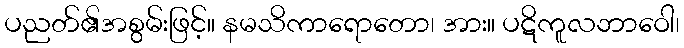
ပညတ်၏အစွမ်းဖြင့်။ နမသိကာရောတော၊ အား။ ပဋိကူလဘာဝေါ၊